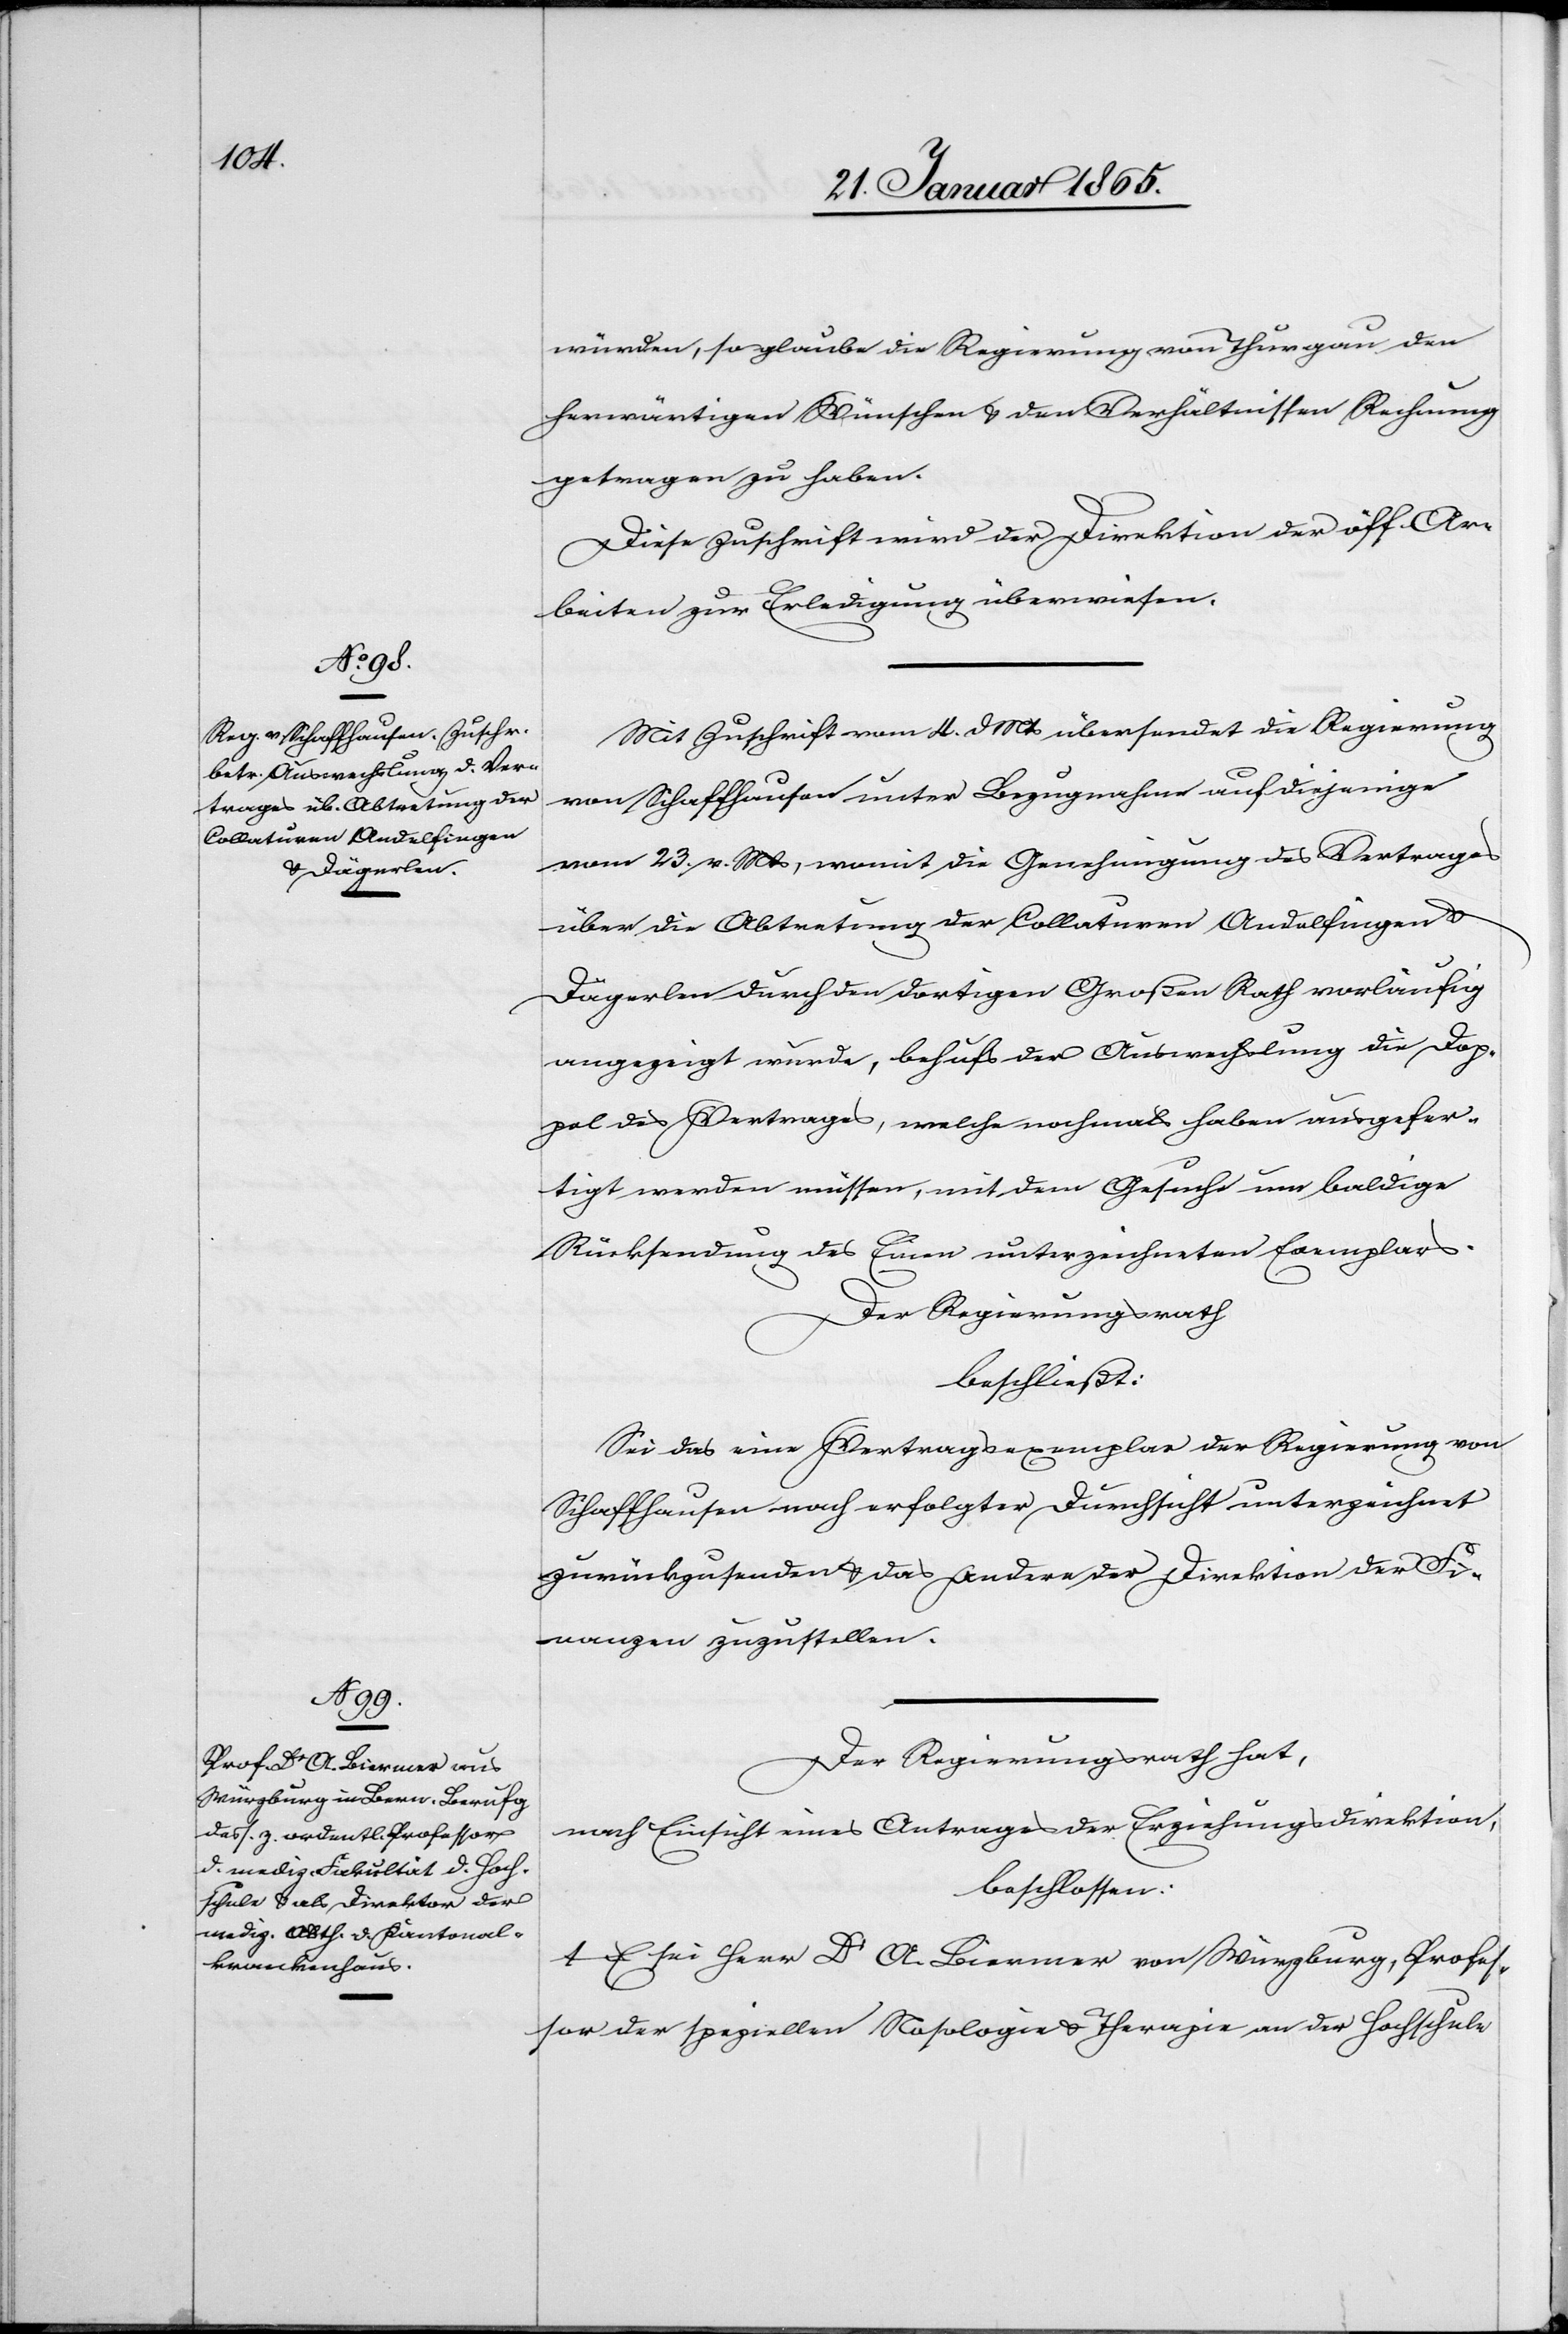
würden, so glaube die Regierung von Thurgau den
herwärtigen Wünschen u. den Verhältnissen Rechnung
getragen zu haben.
Diese Zuschrift wird der Direktion der öff. Ar¬
beiten zur Erledigung überwiesen.
Mit Zuschrift vom 4. d Mts übersendet die Regierung
von Schaffhausen unter Bezugnahme auf diejenige
vom 23. v. Mts, womit die Genehmigung des Vertrages
über die Abtretung der Collaturen Andelfingen u.
Dägerlen durch den dortigen Großen Rath vorläufig
angezeigt wurde, behufs der Auswechslung die Dop¬
pel des Vertrages, welche nochmals haben ausgefer¬
tigt werden müssen, mit dem Gesuche um baldige
Rücksendung des Einen unterzeichneten Exemplars.
Der Regierungsrath
beschließt:
Sei das eine Vertragsexemplar der Regierung von
Schaffhausen noch erfolgter Durchsicht unterzeichnet
zurückzusenden u. das Andere der Direktion der Fi¬
nanzen zuzustellen.
Der Regierungsrath hat,
nach Einsicht eines Antrages der Erziehungsdirektion,
beschlossen:
1. Es sei Herr Dr A. Biermer von Würzburg, Profes¬
sor der speziellen Nosologie u. Therapie an der Hochschule